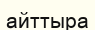
айттыра